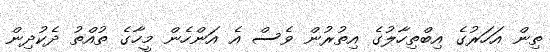
ތިން އަހަރުގެ އިބްތިހާލުގެ އިތުރުން ވެސް އެ އަންހެން މީހާގެ ތުއްތު ދެކުދިން